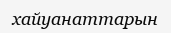
хайуанаттарын